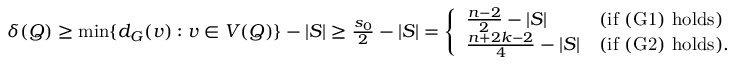
\begin{array} { r } { \delta ( Q ) \geq \operatorname* { m i n } \{ d _ { G } ( v ) : v \in V ( Q ) \} - | S | \geq \frac { s _ { 0 } } { 2 } - | S | = \left\{ \begin{array} { l l } { \frac { n - 2 } { 2 } - | S | } & { \mathrm { ( i f ~ ( G 1 ) ~ h o l d s ) } } \\ { \frac { n + 2 k - 2 } { 4 } - | S | } & { \mathrm { ( i f ~ ( G 2 ) ~ h o l d s ) } . } \end{array} \right. } \end{array}